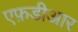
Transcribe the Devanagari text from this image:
एफ़डीआर